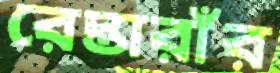
রেস্তারাঁর